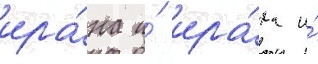
ира́на и́ ира́ка и́